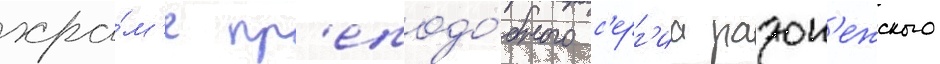
хра́м'е пр'еподо́бного с'ерг'иа радон'ежского